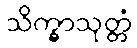
သိက္ခာသုတ္တံ